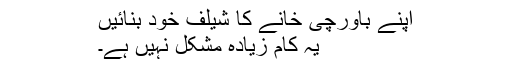
اپنے باورچی خانے کا شیلف خود بنائیں
یہ کام زیادہ مشکل نہیں ہے۔